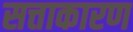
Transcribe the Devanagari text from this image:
सत्ताकारण